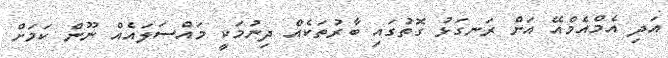
އަދި އެމްއެމްއޭ އަށް ރަނގަޅު ގޮތުގައި ބާރުތަކެއް ދިނުމަކީ މައްސަލައެއް ނޫން ކަަމަށް